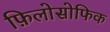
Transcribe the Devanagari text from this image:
फ़िलोसोफिक